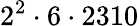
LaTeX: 2^{2}\cdot 6\cdot 2310